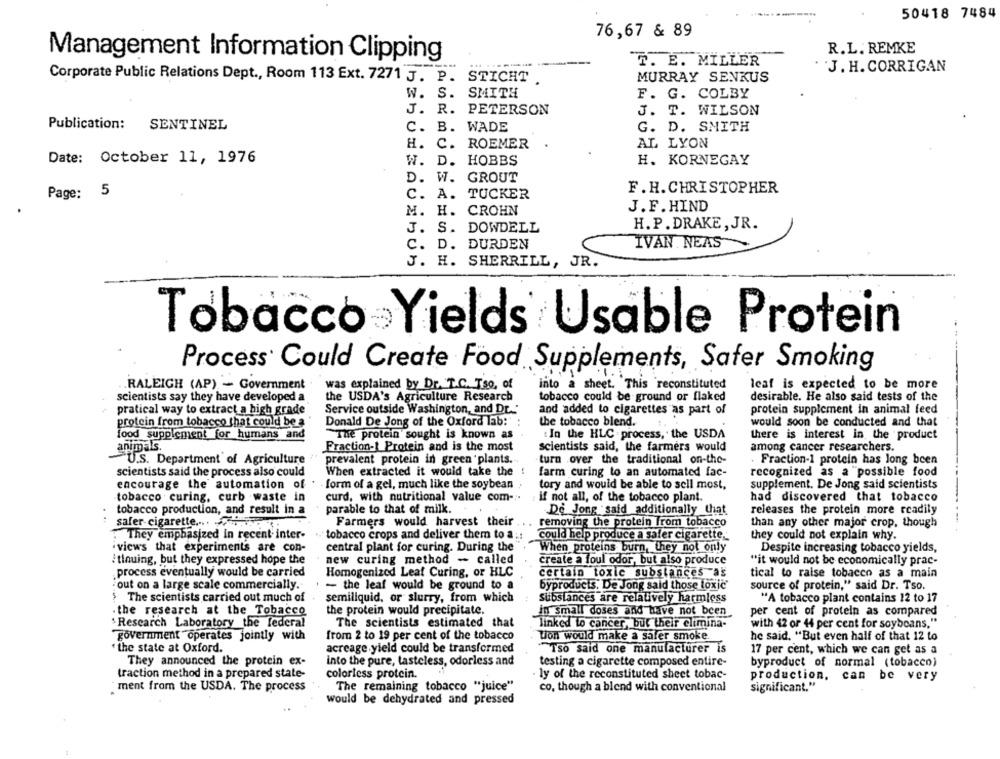
50418 7484
76,67 & 89
R.L. REMKE
Management Information Clipping
T. E. MILLER
J. H. CORRIGAN
Corporate Public Relations Dept ., Room 113 Ext. 7271 J. P. STICHT
MURRAY SENKUS
W. S.
SMITH
F. G. COLBY
J. R. PETERSON
J. T. WILSON
Publication: SENTINEL
C.
B.
WADE
G. D. SMITH
H. C. ROEMER
AL LYON
Date: October 11, 1976
W. D. HOBBS
H. KORNEGAY
D.
. W. GROUT
F.H.CHRISTOPHER
Page: 5
C. A. TUCKER
M. H. CROHN
J.F. HIND
J. S. DOWDELL
H. P. DRAKE , JR.
IVAN. NEAS
C. D. DURDEN
J. H. SHERRILL, JR.
Tobacco Yields Usable Protein
Process Could Create Food Supplements, Safer Smoking
RALEIGH (AP) - Government
was explained by Dr. T.C. Tso, of
into a sheet. This reconstituted
leaf is expected to be more
scientists say they have developed a
the USDA's Agriculture Research
tobacco could be ground or flaked
desirable. He also said tests of the
pratical way to extract a high grade
Service outside Washington, and Dr.'
and added to cigarettes as part of
protein supplement in animal feed
protein from tobacco that could be a
Donald De Jong of the Oxford lab:
the tobacco blend.
would soon be conducted and that
food supplement for humans and
The protein sought is known as
In the HLC process, the USDA
there is interest in the product
animals.
Fraction-1 Protein and is the most
scientists said, the farmers would
among cancer researchers.
U.S. Department of Agriculture
prevalent protein in green plants.
turn over the traditional on-the-
. Fraction-1 protein has long been
scientists said the process also could
When extracted it would take the
farm curing to an automated fac-
recognized as a possible food
encourage the automation of
form of a gel, much like the soybean
tory and would be able to sell most,
supplement. De Jong said scientists
tobacco curing, curb waste in
curd, with nutritional value com -:-
if not all, of the tobacco plant.
had discovered that tobacco
tobacco production, and result in a
parable to that of milk.
De Jong said additionally that
releases the protein more readily
safer cigarette .... ..
Farmers would harvest their
removing the protein Trom tobacco
than any other major crop, though
They emphasized in recent inter-
tobacco crops and deliver them to a ::
could help produce a safer cigarette_
they could not explain why.
views that experiments are con-
central plant for curing. During the
When proteins burn, they not only
Despite increasing tobacco yields,
/tlnuing, but they expressed hope the
new curing method - called
create a foul odor, but also produce
"it would not be economically prac-
process eventually would be carried
Homogenized Leat Curing, or HLC
certain toxic substances as
tical to raise tobacco as a main
out on a large scale commercially.
- the leaf would be ground to a
byproducts. De Jong said those toxic
source of protein," said Dr. Tso.
The scientists carried out much of
semiliquid, or slurry, from which
Substances are relatively harmless
"A tobacco plant contains 12 to 17
.the research at the Tobacco
the protein would precipitate.
in small doses and have not been
per cent of protein as compared
Research Laboratory the federal
The scientists estimated that
linked to cancer, but their elimina-
with 42 or 44 per cent for soybeans."
government operates jointly with
from 2 to 19 per cent of the tobacco
Von would make a safer smoke.
he said, "But even half of that 12 to
the state at Oxford.
acreage yield could be transformed
Tso said one manufacturer is
17 per cent, which we can get as a
into the pure, tasteless, odorless and
They announced the protein ex-
testing a cigarette composed entire-
byproduct of normal (tobacco)
traction method in a prepared state-
colorless protein.
ly of the reconstituted sheet tobac-
production, can be very
: ment from the USDA. The process
The remaining tobacco "juice"
co, though a blend with conventional
significant."
would be dehydrated and pressed